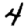
Digit: 4